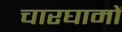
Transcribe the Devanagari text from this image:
चारघामों